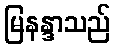
မြနန္ဒာသည်